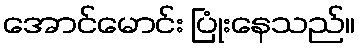
အောင်မောင်း ပြုံးနေသည်။